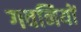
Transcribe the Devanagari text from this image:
गवनियों